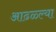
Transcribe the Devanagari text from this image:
आढळ्ल्या